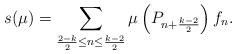
LaTeX: \begin{align*}s(\mu)=\sum_{\frac{2-k}{2}\leq n\leq\frac{k-2}{2}}\mu\left(P_{n+\frac{k-2}{2}}\right)f_n.\end{align*}